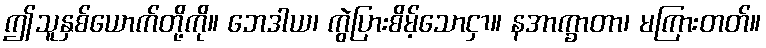
ဤသူနှစ်ယောက်တို့ကို။ ဘေဒါယ၊ ကွဲပြားစိမ့်သောငှာ။ နအာက္ခာတာ၊ မကြားတတ်။